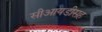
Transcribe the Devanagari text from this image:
सीआयडीसह